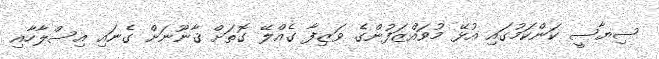
ސިޔާސީ ކަންކަމުގައި އުޅޭ މުވައްޒަފުންގެ ވަޒިފާ ގެއްލޭ ގޮތަށް ޤާނޫނަށް ގެނައި އިސްލާހާއި